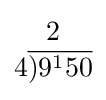
{\begin{matrix}2\\4{\overline {)9^{1}50}}\end{matrix}}